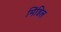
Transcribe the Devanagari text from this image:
मिंडिल